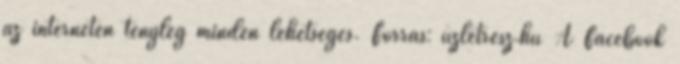
az interneten tényleg minden lehetséges. Forrás: uzletresz.hu A Facebook